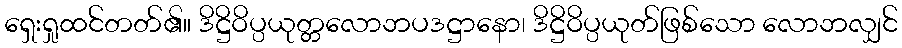
ရှေးရှုထင်တတ်၏။ ဒိဋ္ဌိဝိပ္ပယုတ္တလောဘပဒဋ္ဌာနော၊ ဒိဋ္ဌိဝိပ္ပယုတ်ဖြစ်သော လောဘလျှင်